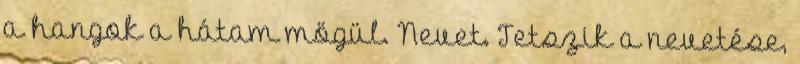
a hangok a hátam mögül. Nevet. Tetszik a nevetése,